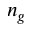
n _ { g }